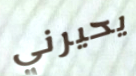
يحيرني